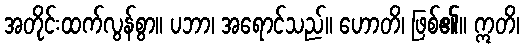
အတိုင်းထက်လွန်စွာ။ ပဘာ၊ အရောင်သည်။ ဟောတိ၊ ဖြစ်၏။ ဣတိ၊